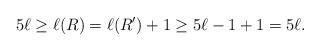
LaTeX: \begin{align*}5\ell\geq\ell(R)=\ell(R')+1\geq 5\ell-1+1=5\ell.\end{align*}